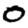
Digit: 0